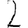
Digit: 2